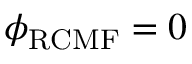
\phi _ { \mathrm { R C M F } } = 0